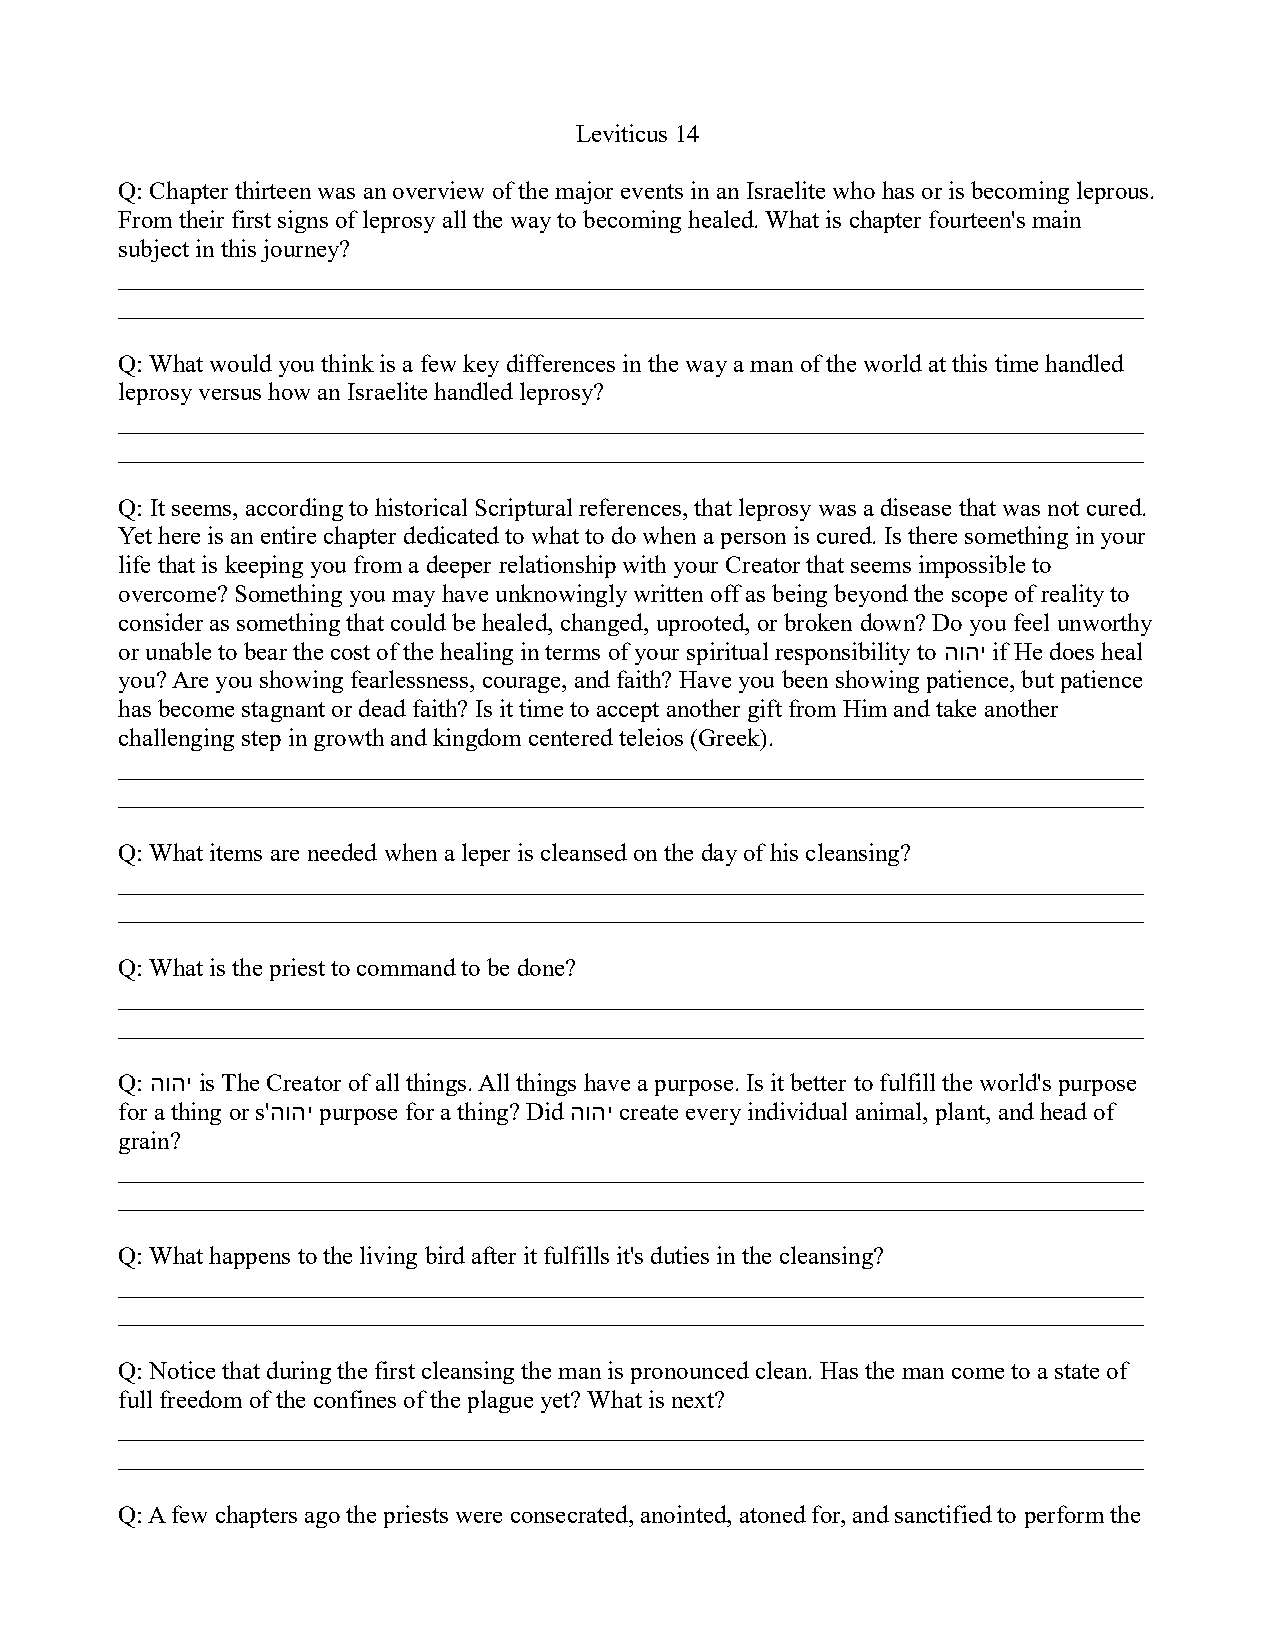
Leviticus 14
 Q: Chapter thirteen was an overview of the major events in an Israelite who has or is becoming leprous.
 From their first signs of leprosy all the way to becoming healed. What is chapter fourteen's main
 subject in this journey?
 __________________________________________________________________________________
 __________________________________________________________________________________
 Q: What would you think is a few key differences in the way a man of the world at this time handled
 leprosy versus how an Israelite handled leprosy?
 __________________________________________________________________________________
 __________________________________________________________________________________
 Q: It seems, according to historical Scriptural references, that leprosy was a disease that was not cured.
 Yet here is an entire chapter dedicated to what to do when a person is cured. Is there something in your
 life that is keeping you from a deeper relationship with your Creator that seems impossible to
 overcome? Something you may have unknowingly written off as being beyond the scope of reality to
 consider as something that could be healed, changed, uprooted, or broken down? Do you feel unworthy
 or unable to bear the cost of the healing in terms of your spiritual responsibility to הוהי if He does heal
 you? Are you showing fearlessness, courage, and faith? Have you been showing patience, but patience
 has become stagnant or dead faith? Is it time to accept another gift from Him and take another
 challenging step in growth and kingdom centered teleios (Greek).
 __________________________________________________________________________________
 __________________________________________________________________________________
 Q: What items are needed when a leper is cleansed on the day of his cleansing?
 __________________________________________________________________________________
 __________________________________________________________________________________
 Q: What is the priest to command to be done?
 __________________________________________________________________________________
 __________________________________________________________________________________
 Q: הוהי is The Creator of all things. All things have a purpose. Is it better to fulfill the world's purpose
 for a thing or s'הוהי purpose for a thing? Did הוהי create every individual animal, plant, and head of
 grain?
 __________________________________________________________________________________
 __________________________________________________________________________________
 Q: What happens to the living bird after it fulfills it's duties in the cleansing?
 __________________________________________________________________________________
 __________________________________________________________________________________
 Q: Notice that during the first cleansing the man is pronounced clean. Has the man come to a state of
 full freedom of the confines of the plague yet? What is next?
 __________________________________________________________________________________
 __________________________________________________________________________________
 Q: A few chapters ago the priests were consecrated, anointed, atoned for, and sanctified to perform the